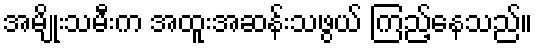
အမျိုးသမီးက အထူးအဆန်းသဖွယ် ကြည့်နေသည်။